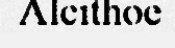
Alcithoe